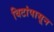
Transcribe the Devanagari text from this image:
विटांपासून